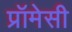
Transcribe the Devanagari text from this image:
प्रॉमेसी